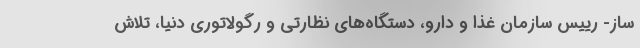
ساز- رییس سازمان غذا و دارو، دستگاه‌های نظارتی و رگولاتوری دنیا، تلاش